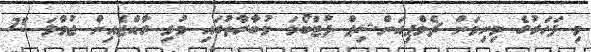
މި ފަހަރުގެ މިނިވަން ޗެމްޕިއަންޝިޕް ފުޓްބޯޅަ މުބާރާތުގައި މުޅި ރާއްޖެއިން ޖުމްލަ 75